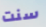
سنت